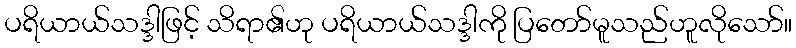
ပရိယာယ်သဒ္ဒါဖြင့် သိရာ၏ဟု ပရိယာယ်သဒ္ဒါကို ပြတော်မူသည်ဟူလိုသော်။